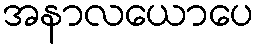
အနာလယောပေ